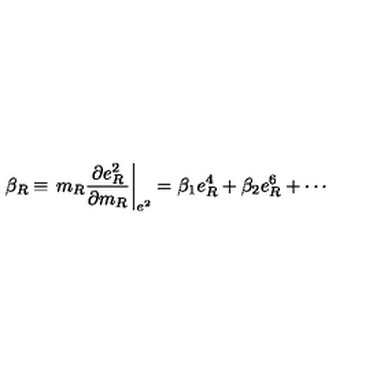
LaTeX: \beta _ { R } \equiv \left. m _ { R } \frac { \partial e _ { R } ^ { 2 } } { \partial m _ { R } } \right| _ { e ^ { 2 } } = \beta _ { 1 } e _ { R } ^ { 4 } + \beta _ { 2 } e _ { R } ^ { 6 } + \cdots